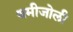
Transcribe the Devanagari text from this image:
थमीजोली